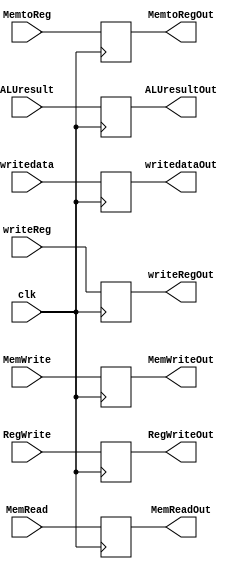
module EXMemReg (clk,RegWrite, MemtoReg,MemWrite, MemRead,ALUresult,writedata,writeReg,RegWriteOut, MemtoRegOut,MemWriteOut
			,MemReadOut,ALUresultOut,writedataOut,writeRegOut);
  
    input clk;
    input RegWrite, MemtoReg;
    input MemWrite, MemRead; 
    input [31:0] ALUresult,writedata;
    input [4:0] writeReg;
    output reg RegWriteOut, MemtoRegOut ,MemWriteOut, MemReadOut;
    output reg [31:0] ALUresultOut,writedataOut;
    output reg [4:0] writeRegOut;
    
    always@(posedge clk)
      begin
        RegWriteOut <= RegWrite;
        MemtoRegOut <= MemtoReg;
        MemWriteOut <= MemWrite;
        MemReadOut <= MemRead;
        ALUresultOut<=ALUresult;
        writedataOut<=writedata;
        writeRegOut<=writeReg;
        
      end
    
  
endmodule